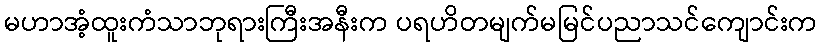
မဟာအံ့ထူးကံသာဘုရားကြီးအနီးက ပရဟိတမျက်မမြင်ပညာသင်ကျောင်းက